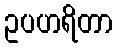
ဥပဟရိတာ